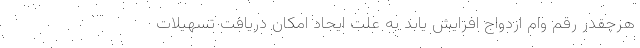
هرچقدر رقم وام ازدواج افزایش یابد به علت ایجاد امکان دریافت تسهیلات